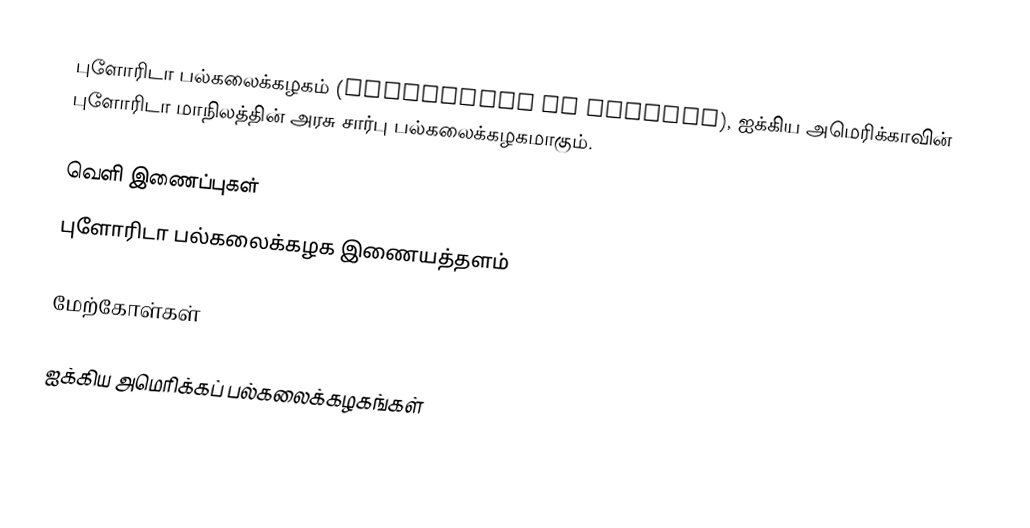
புளோரிடா பல்கலைக்கழகம் (University of Florida), ஐக்கிய அமெரிக்காவின் புளோரிடா மாநிலத்தின் அரசு சார்பு பல்கலைக்கழகமாகும்.

வெளி இணைப்புகள்
 புளோரிடா பல்கலைக்கழக இணையத்தளம்

மேற்கோள்கள்

ஐக்கிய அமெரிக்கப் பல்கலைக்கழகங்கள்